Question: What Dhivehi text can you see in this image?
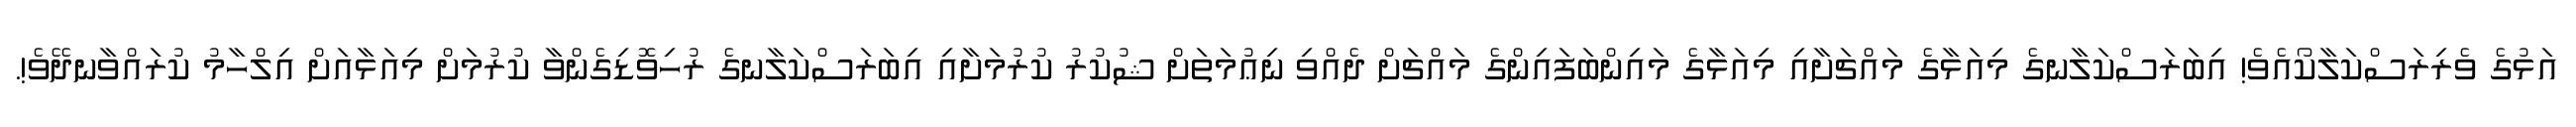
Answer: އަޅުގެ ވެރިރަސްކަލާކޯއެވެ! އިބަރަސްކަލާނގެ މިއަޅާގެ މައްޗަށާއި މިއަޅާގެ މައިންބަފައިންގެ މައްޗަށް ދެއްވި ނިޢުމަތަށް ޝުކުރު ކުރުމަށާއި އިބަރަސްކަލާނގެ ރުހިވޮޑިގެންވާ ކުރުމަށް މިއަޅާއަށް އިލްހާމު ކުރައްވާނދޭވެ!.